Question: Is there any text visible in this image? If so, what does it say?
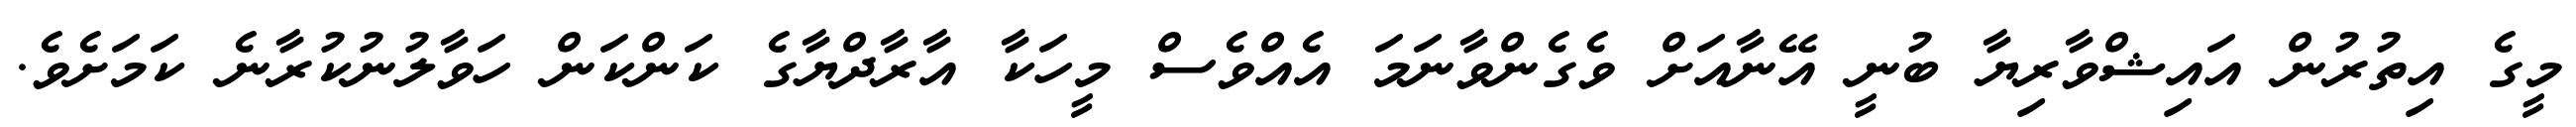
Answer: މީގެ އިތުރުން އައިޝްވާރިޔާ ބުނީ އޭނާއަށް ވެގެންވާނަމަ އެއްވެސް މީހަކާ އާރާދްޔާގެ ކަންކަން ހަވާލުނުކުރާނެ ކަމަށެވެ.